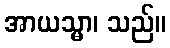
အာယသ္မာ၊ သည်။